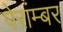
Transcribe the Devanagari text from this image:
पेरांम्बर